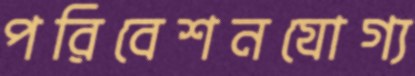
পরিবেশনযোগ্য